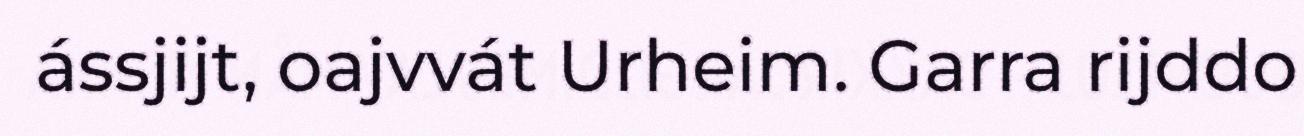
ássjijt, oajvvát Urheim. Garra rijddo